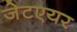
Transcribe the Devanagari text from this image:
जेटएयर